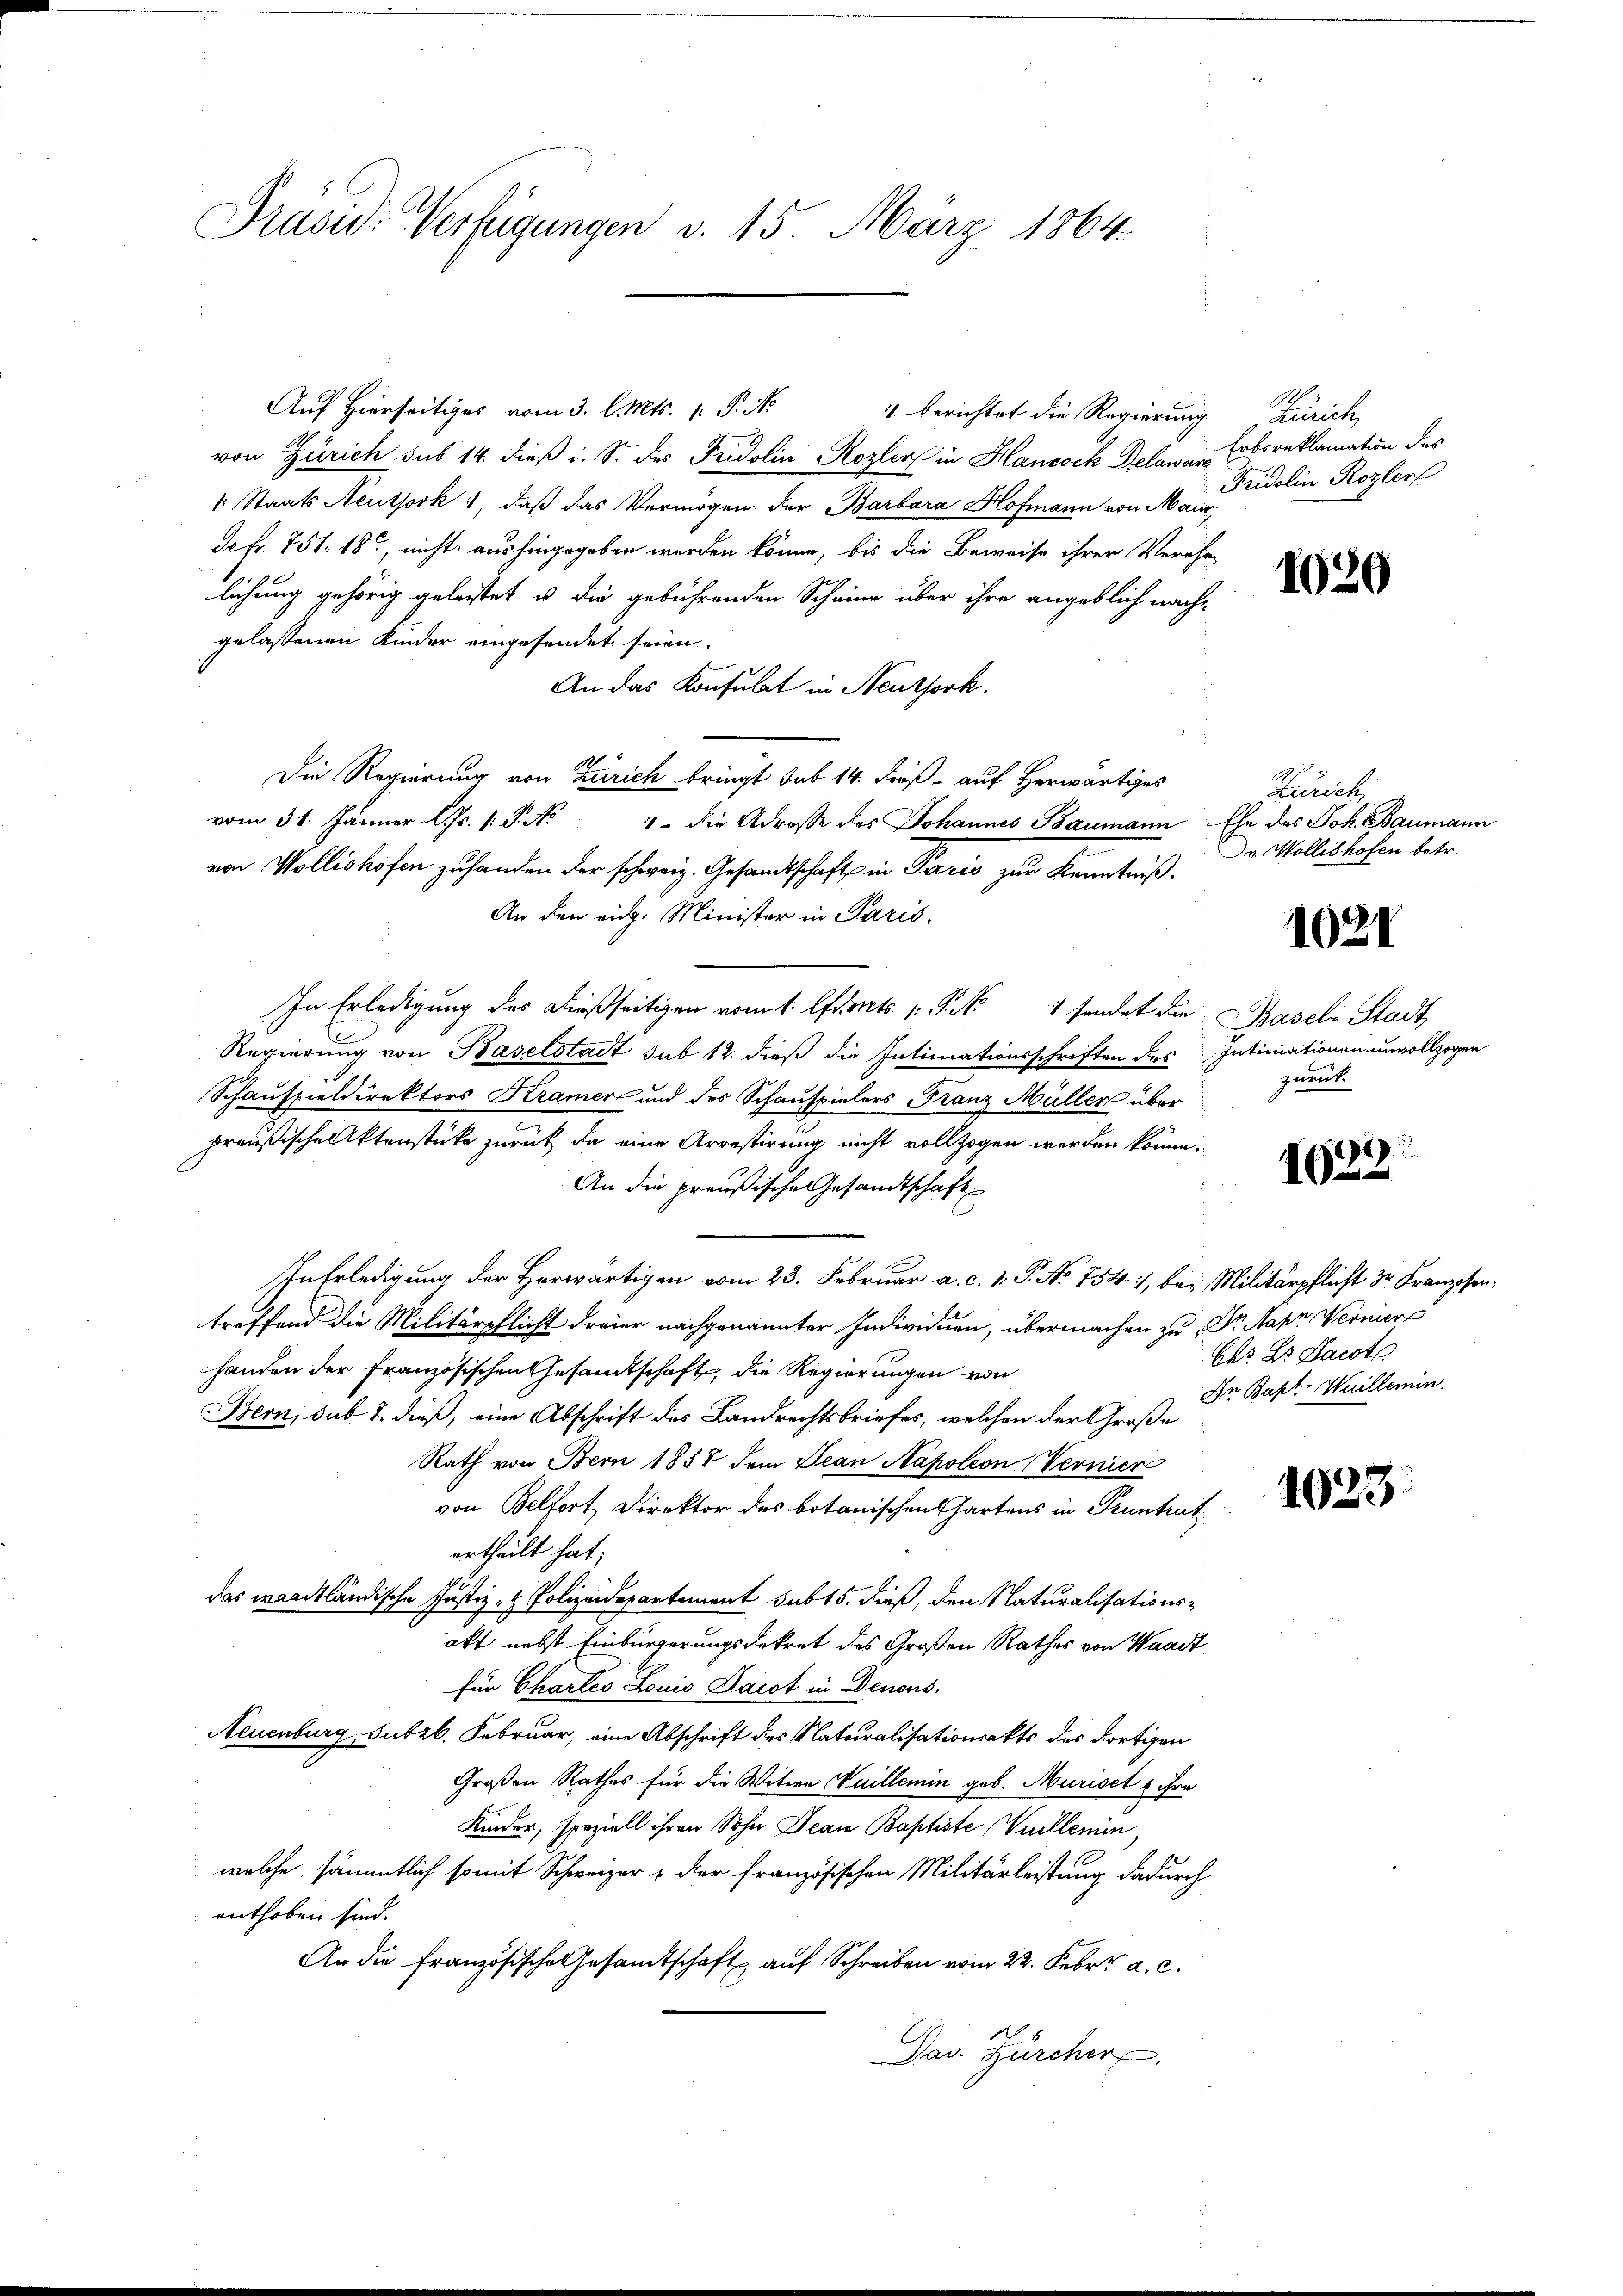
Präsid. Verfügungen d. 15. März 1864.

Auf Hierseitiges vom 3. l. Mts. v. P. Nr. 4 berichtet die Regierung Zürich,
von Zürich sub 14. dieß i. S. des Fridolin Rozler in Hancock Delawa - Erbsreklamation des
: Staats Neuthork, daß das Vermögen der Barbara Hofmann von Maur,
Scfr. 751. 18, nicht aushingegeben werden könne, bis die Beweise ihrer Verehe-
lichung gehörig geleistet u die gebührenden Scheine über ihre angeblich nachgelassenen Kinder eingesendet seien.
An das Konsulat in Neuthork.
Die Regierung von Zürich bringt sub 14. dieß auf Herwärtiges
vom 31. Jänner l. Js. P. Nr. 4 die Adresse des Johannes Baumann Ehe des Joh. Baumann
von Wollishofen zuhanden der schweiz. Gesandtschaft in Paris zur Kenntniß.
An den eidg. Minister in Paris.
In Erledigung des dießseitigen vom 1. Staats P. Nr. 1 sendet die Baseli Stadt
Regierung von Baselstadt sub 12. dieß die Intimationsschriften des Intimationen unvollzogen
Schauspieldirektors Kramer und des Schauspielers Franz Müller über
preußische Aktenstücke zurück, da eine Arrestirung nicht vollzogen werden könne.
An die preußische Gesandtschaft
In Erledigung der Herwärtigen vom 23. Februar a. c. 1. P. No 754), bei Militärpflicht Sr. Kranzosentreffend die Militärpflicht dreier nachgenannter Individuen, übermachen zu Dr. Napr Verniere
handen der Französischen Gesandtschaft, die Regierungen von
Bern, sub 2. dieß, eine Abschrift des Landrechtsbriefes, welchen der Große
Rath von Bern 1857 dem Jean Napoleon Vernier
von Belfort, Direktor des botanischen Chartens in Pruntrut
ertheilt hat;
das waadtländische Justiz- & Polizeidepartement sub 15. dieß, den Naturalisationsakt nebst Einbürgerungsdekret des Großen Rathes von Waadt
für Chartes Louis Darst in Denens:
Neuenburg, Subzb. Februar, eine Abschrift des Naturalisationsakts des dortigen
Großen Rathes für die Witwe Vuillemin geb. Muriset u ihre
Kinder, speziell ihren Sohn Jean Baptiste Viellemin,
welche sämmtlich somit Schweizer & der französischen Militärleistung dadurch
enthoben sind.
An die französische Gesamtschaft auf Schreiben vom 22. Febr. a. c.
Dav. Zürcher

A
Fridolin Rozler

1620

Zürich,
Dr. Wollishofen betr.

1021

quent

163

Chr. Dr. Jacot
In Bapt-Huillemin

1023.